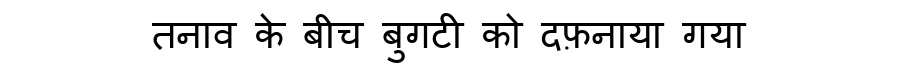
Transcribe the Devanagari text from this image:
तनाव के बीच बुगटी को दफ़नाया गया